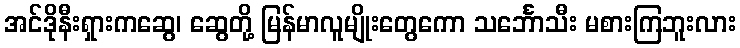
အင်ဒိုနီးရှားကဆွေ၊ ဆွေတို့ မြန်မာလူမျိုးတွေကော သင်္ဘောသီး မစားကြဘူးလား